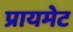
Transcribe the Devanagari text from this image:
प्रायमेट